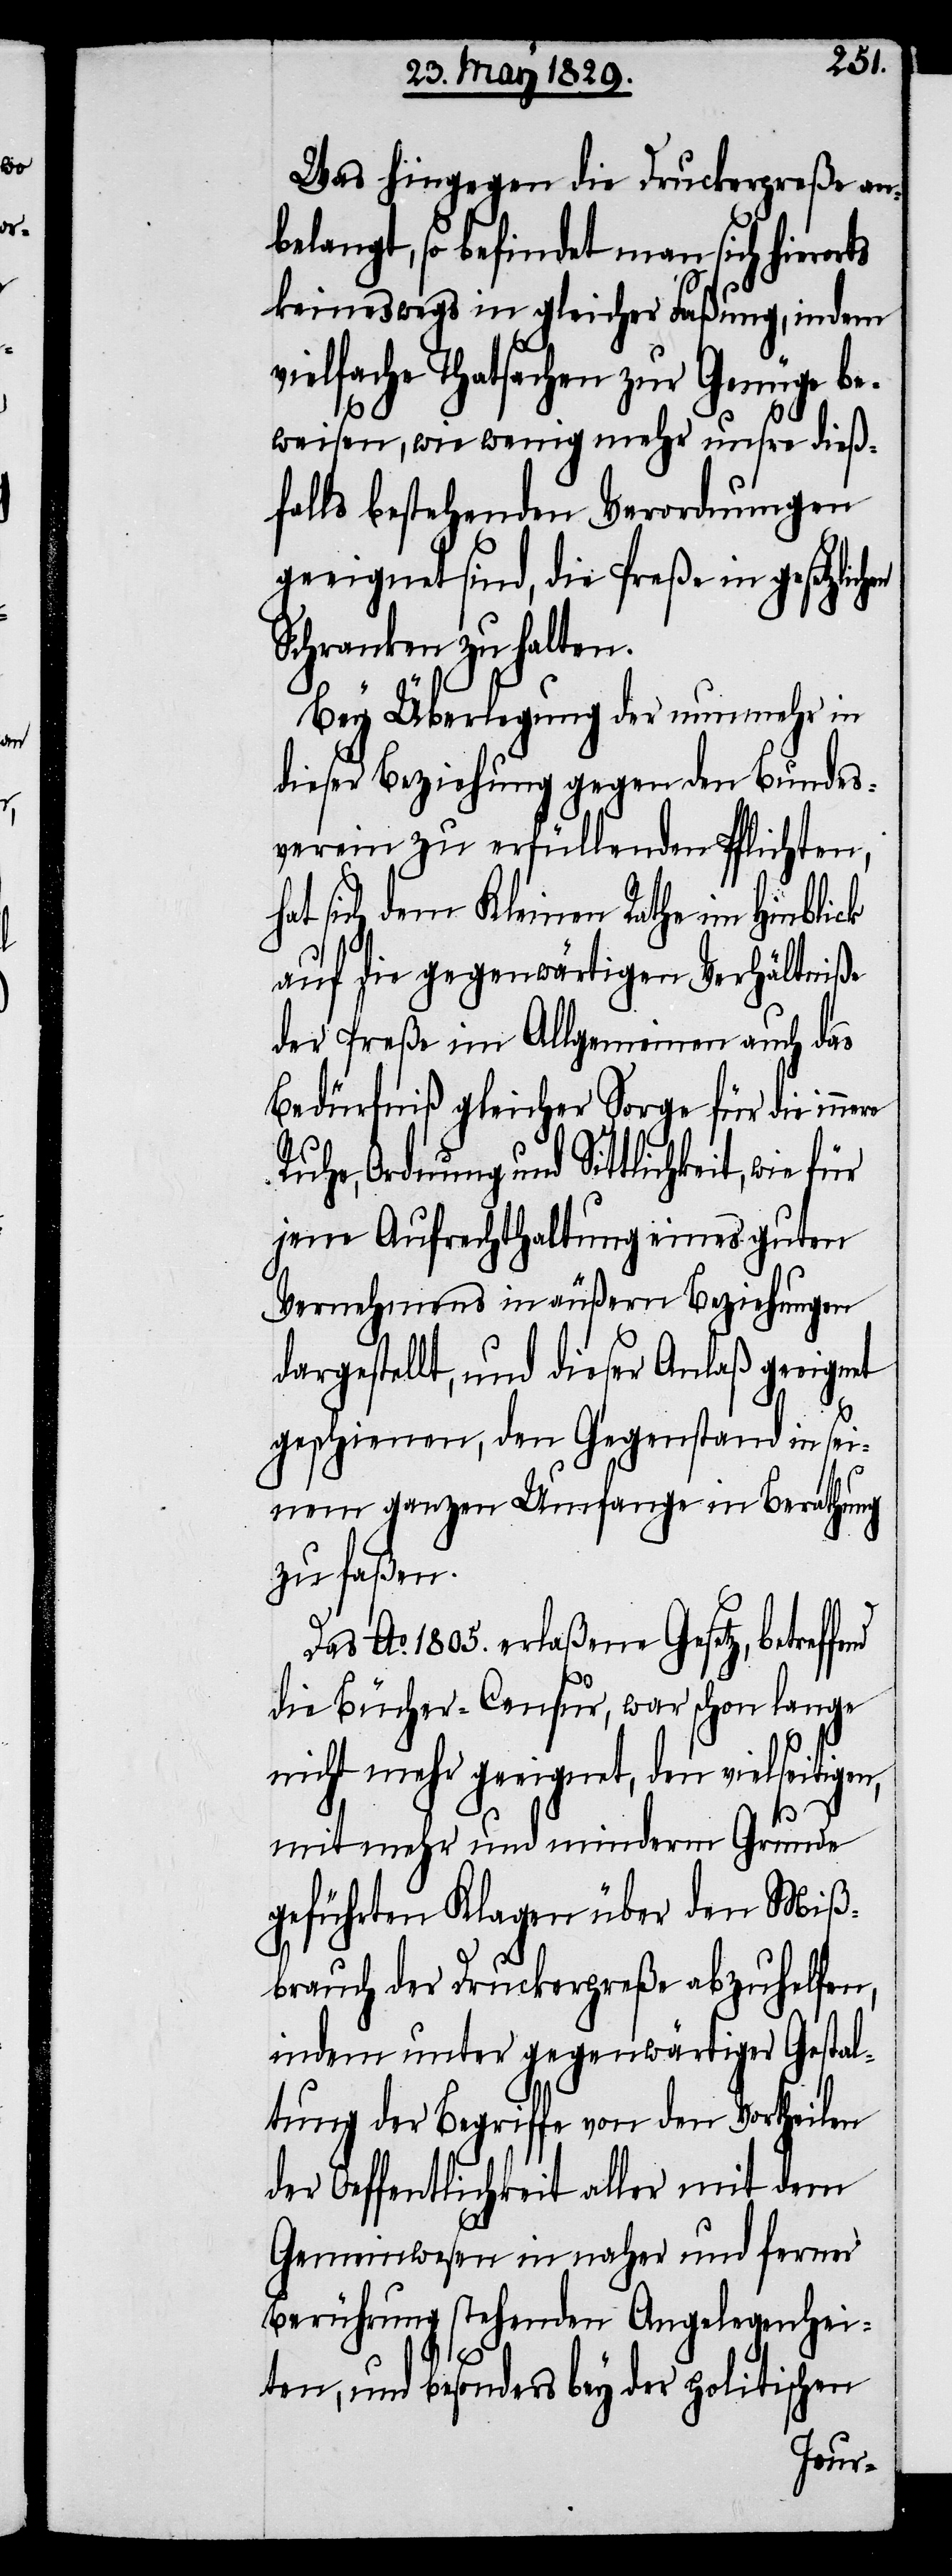
en,

Was hingegen die Druckerpreße an¬
belangt, so befindet man sich hierorts
keineswegs in gleicher Faßung, indem
vielfache Thatsachen zur Genüge be¬
weisen, wie wenig mehr unsre dieß¬
falls bestehenden Verordnungen
geeignet sind, die Preße in gesetzlich¬
Schranken zu halten.
Bey Überlegung der nunmehr in
dieser Beziehung gegen den Bundes¬
verein zu erfüllenden Pflichten,
hat sich dem Kleinen Rathe im Hinblick
auf die gegenwärtigen Verhältniße
der Preße im Allgemeinen auch das
Bedürfniß gleicher Sorge für die inne¬
Ruhe, Ordnung und Sittlichkeit, wie
jene Aufrechterhaltung eines guten
Vernehmens in äußern Beziehungen
dargestellt, und dieser Anlaß geeignet
geschienen, den Gegenstand in sei¬
nem ganzen Umfange in Berathung
zu faßen.
Das Ao. 1805. erlaßene Gesetz, betreffe¬
die Bücher-Censur, war schon lange
nicht mehr geeignet, den vielseitig¬
mit mehr und minderm Grunde
geführten Klagen über den Miß¬
brauch der Druckerpreße abzuhelfen,
indem unter gegenwärtiger Gestal¬
tung der Begriffe von den Vortheilen
der Oeffentlichkeit aller mit dem
Gemeinwesen in naher und ferner
Berührung stehenden Angelegenhei¬
ten, und besonders bey der politischen